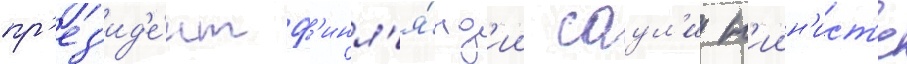
пр'ез'ид'е́нт ф'инл'я́нд'ии саул'и н'иин'ист'е